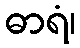
ဓာရံ၊